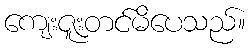
ကျေးဇူးတင်မိပေသည်။